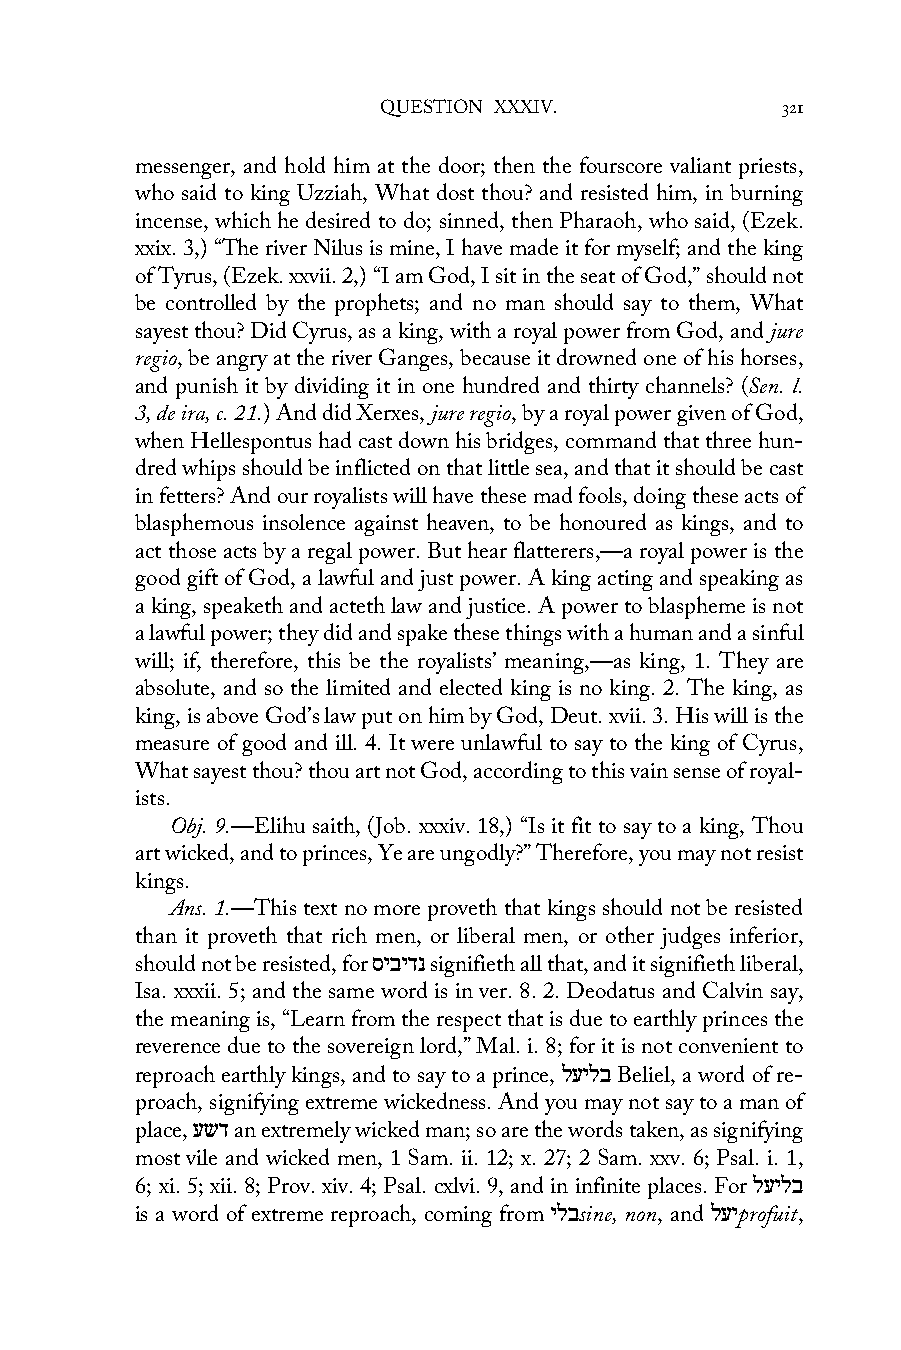
QUESTION XXXIV.            321
 messenger, and hold him at the door; then the fourscore valiant priests,
 who said to king Uzziah, What dost thou? and resisted him, in burning
 incense, which he desired to do; sinned, then Pharaoh, who said, (Ezek.
 xxix. 3,) “The river Nilus is mine, I have made it for myself; and the king
 of Tyrus, (Ezek. xxvii. 2,) “I am God, I sit in the seat of God,” should not
 be controlled by the prophets; and no man should say to them, What
 sayest thou? Did Cyrus, as a king, with a royal power from God, and jure
 regio, be angry at the river Ganges, because it drowned one of his horses,
 and punish it by dividing it in one hundred and thirty channels? (Sen. l.
 3, de ira, c. 21.) And did Xerxes, jure regio, by a royal power given of God,
 when Hellespontus had cast down his bridges, command that three hun-
 dred whips should be inflicted on that little sea, and that it should be cast
 in fetters? And our royalists will have these mad fools, doing these acts of
 blasphemous insolence against heaven, to be honoured as kings, and to
 act those acts by a regal power. But hear flatterers,—a royal power is the
 good gift of God, a lawful and just power. A king acting and speaking as
 a king, speaketh and acteth law and justice. A power to blaspheme is not
 a lawful power; they did and spake these things with a human and a sinful
 will; if, therefore, this be the royalists’ meaning,—as king, 1. They are
 absolute, and so the limited and elected king is no king. 2. The king, as
 king, is above God’s law put on him by God, Deut. xvii. 3. His will is the
 measure of good and ill. 4. It were unlawful to say to the king of Cyrus,
 What sayest thou? thou art not God, according to this vain sense of royal-
 ists.
 Obj. 9.—Elihu saith, (Job. xxxiv. 18,) “Is it fit to say to a king, Thou
 art wicked, and to princes, Ye are ungodly?” Therefore, you may not resist
 kings.
 Ans. 1.—This text no more proveth that kings should not be resisted
 than it proveth that rich men, or liberal men, or other judges inferior,
 should not be resisted, for סיבידנ signifieth all that, and it signifieth liberal,
 Isa. xxxii. 5; and the same word is in ver. 8. 2. Deodatus and Calvin say,
 the meaning is, “Learn from the respect that is due to earthly princes the
 reverence due to the sovereign lord,” Mal. i. 8; for it is not convenient to
 reproach earthly kings, and to say to a prince, לעילב Beliel, a word of re-
 proach, signifying extreme wickedness. And you may not say to a man of
 place, עשד an extremely wicked man; so are the words taken, as signifying
 most vile and wicked men, 1 Sam. ii. 12; x. 27; 2 Sam. xxv. 6; Psal. i. 1,
 6; xi. 5; xii. 8; Prov. xiv. 4; Psal. cxlvi. 9, and in infinite places. For לעילב
 is a word of extreme reproach, coming from ילבsine, non, and לעיprofuit,